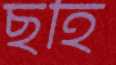
ছহি